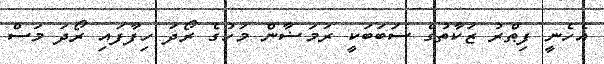
އެހެނީ ފިޠްރު ޒަކާތުގެ ސަބަބަކީ ރަމަޟާން މަހުގެ ރޯދަ ހިފާފައި ރޯދަ މަސް